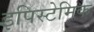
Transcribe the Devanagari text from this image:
इपिस्टेमिक